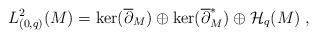
LaTeX: \begin{align*}L^{2}_{(0,q)}(M) = \ker (\overline{\partial}_{M}) \oplus \ker(\overline{\partial}_{M}^{*}) \oplus \mathcal{H}_{q}(M)\;,\end{align*}